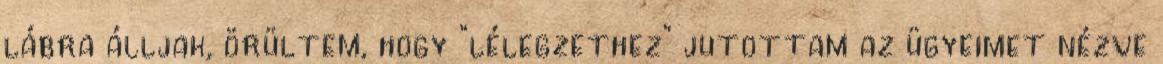
lábra álljak, örültem, hogy “lélegzethez” jutottam az ügyeimet nézve